Leaving Certificate, 1900
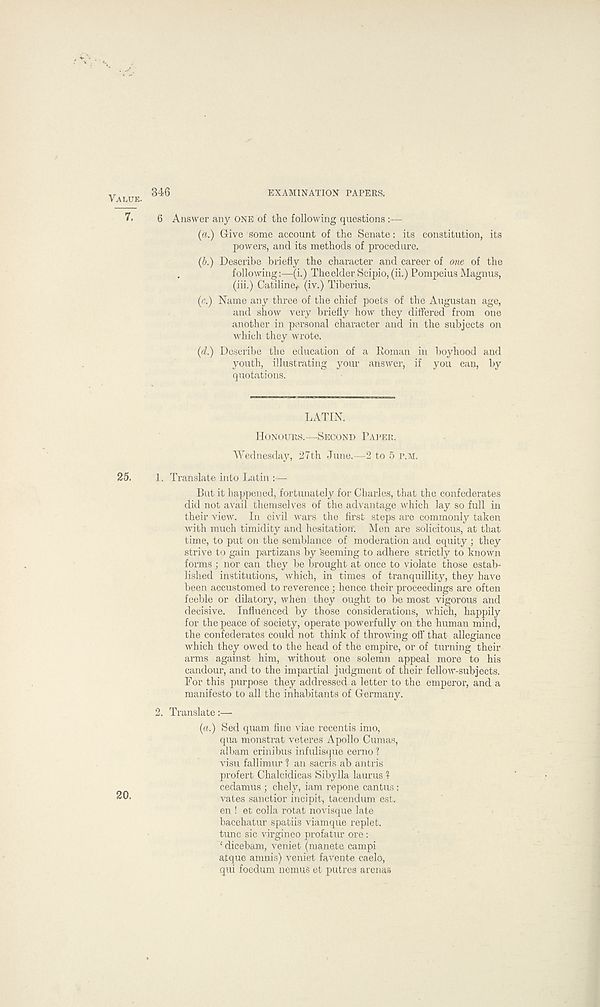
346
EXAMINATION PAPERS.
6 Answer any ONE of the following questions
(a.) Give some account of the Senate: its constitution, its
powers, and its methods of procedure.
(b.) Describe briefly the character and career of one of the
following:—(i.) Theelder Scipio, (ii.) Pompeius Magnus,
(iii.) Catiline,, (iv.) Tiberius.
(o) Name any three of the chief poets of the Augustan age,
and show very briefly how they differed from one
another in personal character and in the subjects on
which they w r rote.
(d.) Describe the education of a Roman in boyhood and
youth, illustrating your answer, if you can, by
quotations.
LATIN.
HONOURS.—SECOND PAPER.
Wednesday, 27th June.—2 to 5 P.M.
1. Translate into Latin :—
But it happened, fortunately for Charles, that the confederates
did not avail themselves of the advantage which lay so full in
their view. In civil wars the first steps are commonly taken
with much timidity and hesitation'. Men are solicitous, at that
time, to put on the semblance of moderation and equity ; they
strive to gain partizans by 'seeming to adhere strictly to known
forms ; nor can they be brought at once to violate those estab-
lished institutions, which, in times of tranquillity, they have
been accustomed to reverence; hence their proceedings are often
feeble or dilatory, when they ought to be most vigorous and
decisive. Influenced by those considerations, which, happily
for the peace of society, operate powerfully on the human mind,
the confederates could not think of throwing off that allegiance
which they owed to the head of the empire, or of turning their
arms against him, without one solemn appeal more to his
candour, and to the impartial judgment of their fellow-subjects.
For this purpose they addressed a letter to the emperor, and a
manifesto to all the inhabitants of Germany.
2. Translate:—
(a.) Sed quam fine viae recentis imo,
qua monstrat veteres Apollo Cumas,
albam crinibus infulisque cerno ?
visu fallimur 1 an sacris ab antris
profert Chalcidicas Sibylla laurus ?
cedamus ; chely, iam repone cantus:
vates sanctior ineipit, tacendum est.
en ! et colla rotat novisque late
bacchatur spatiis viamque replet.
tunc sic virgineo profatur ore:
‘ dicebam, veniet (manete campi
alque amnis) veniet favente caelo,
qui foedum nemus et putres arenas